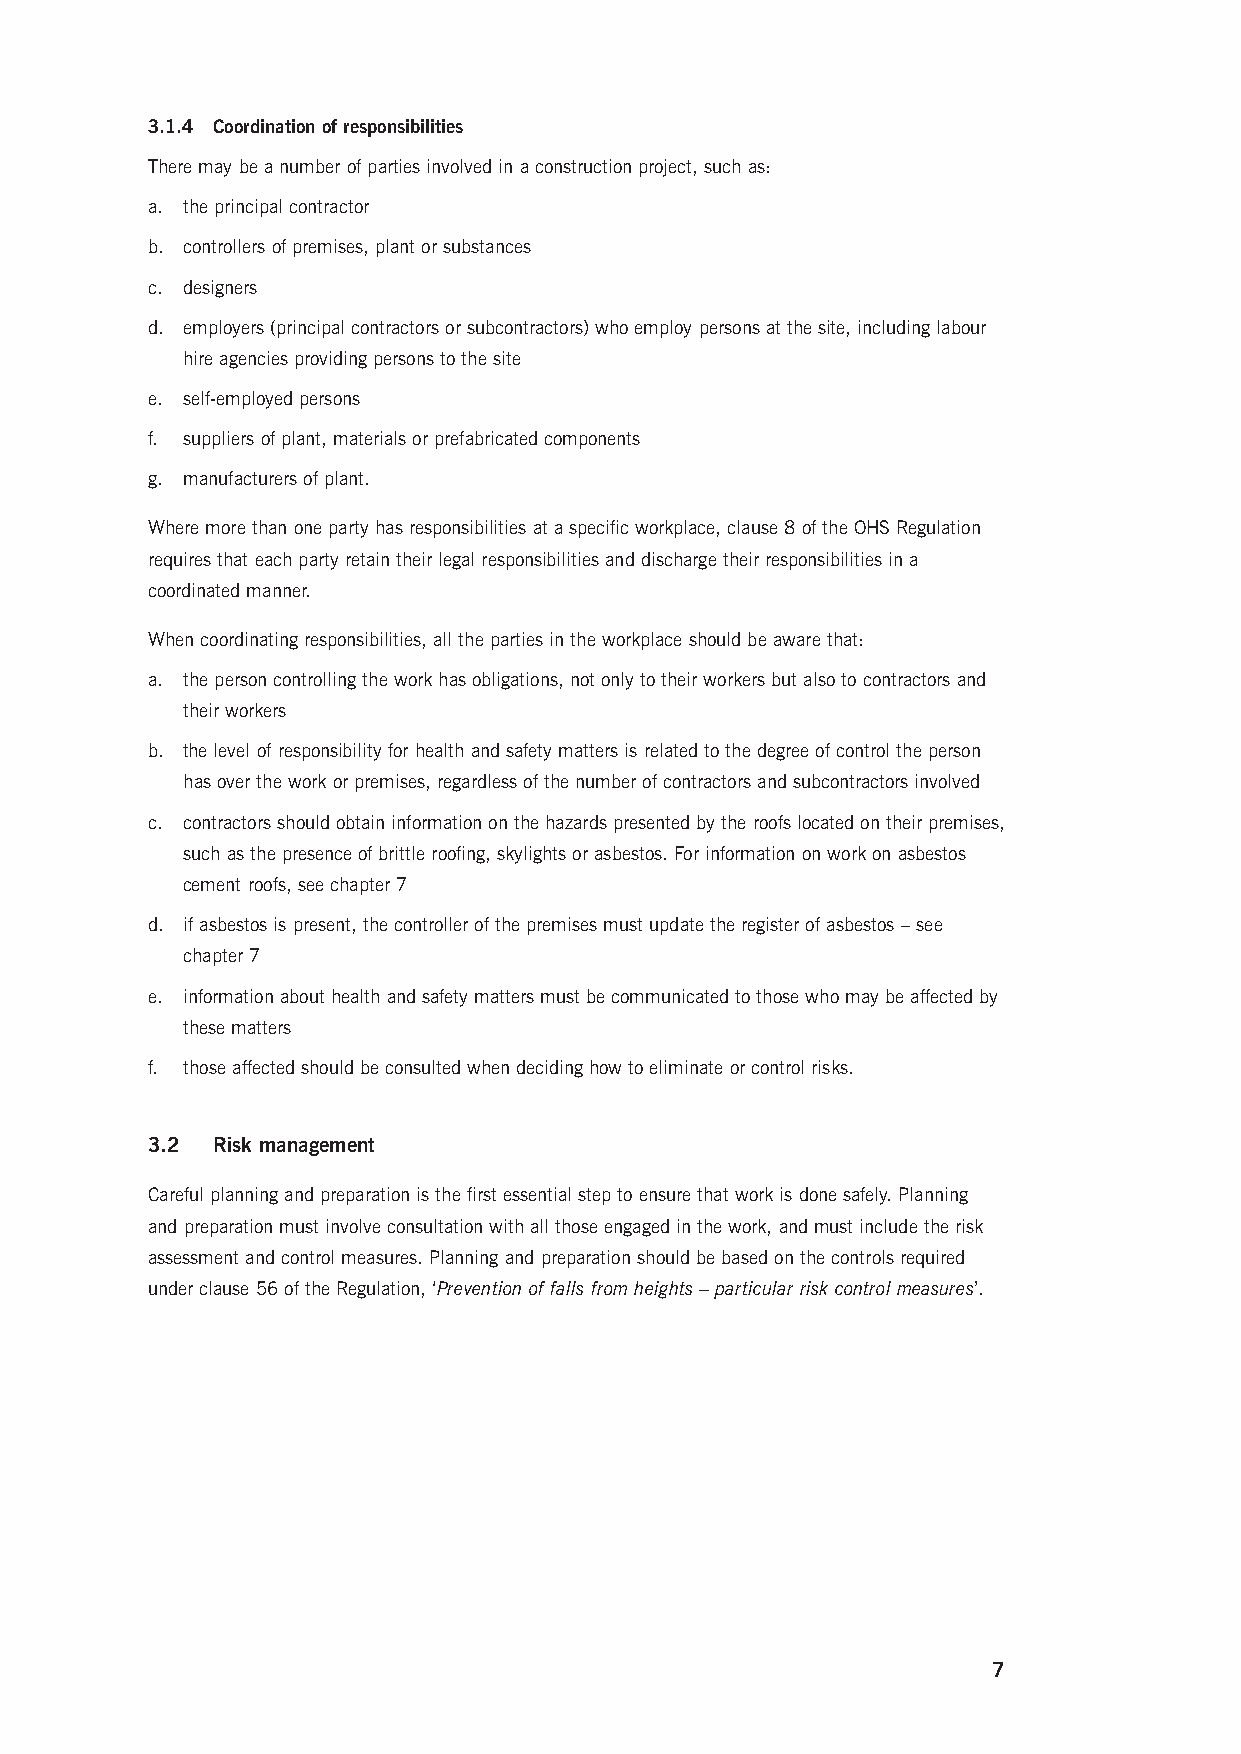
3.1.4 Coordination of responsibilities
 There may be a number of parties involved in a construction project, such as:
 a. the principal contractor
 b. controllers of premises, plant or substances
 c. designers
 d. employers (principal contractors or subcontractors) who employ persons at the site, including labour
 hire agencies providing persons to the site
 e. self-employed persons
 f. suppliers of plant, materials or prefabricated components
 g. manufacturers of plant.
 Where more than one party has responsibilities at a specific workplace, clause 8 of the OHS Regulation
 requires that each party retain their legal responsibilities and discharge their responsibilities in a
 coordinated manner.
 When coordinating responsibilities, all the parties in the workplace should be aware that:
 a. t he person controlling the work has obligations, not only to their workers but also to contractors and
 their workers
 b. the level of responsibility for health and safety matters is related to the degree of control the person
 has over the work or premises, regardless of the number of contractors and subcontractors involved
 c. c ontractors should obtain information on the hazards presented by the roofs located on their premises,
 such as the presence of brittle roofing, skylights or asbestos. For information on work on asbestos
 cement roofs, see chapter 7
 d. if asbestos is present, the controller of the premises must update the register of asbestos – see
 chapter 7
 e. i nformation about health and safety matters must be communicated to those who may be affected by
 these matters
 f. those affected should be consulted when deciding how to eliminate or control risks.
 3.2 Risk management
 Careful planning and preparation is the first essential step to ensure that work is done safely. Planning
 and preparation must involve consultation with all those engaged in the work, and must include the risk
 assessment and control measures. Planning and preparation should be based on the controls required
 under clause 56 of the Regulation, ‘Prevention of falls from heights – particular risk control measures’.
 7